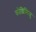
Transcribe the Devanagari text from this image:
कोशिमिजु